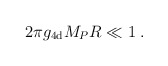
\begin{align*}2 \pi g_{\rm 4d} M_P R \ll 1 \;.\end{align*}